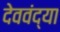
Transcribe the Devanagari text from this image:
देववंद्या